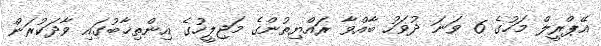
އޭޕްރީލް މަހުގެ 6 ވަނަ ދުވަހު ބާއްވާ ރައްޔިތުންގެ މަޖިލީހުގެ އިންތިޚާބުގައި ވާދަކުރަން